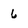
Character: 6